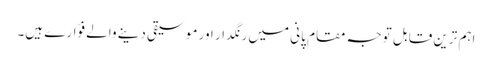
اہم ترین قابل توجہ مقام پانی میں رنگدار اور موسیقی دینے والے فوّارے ہیں۔